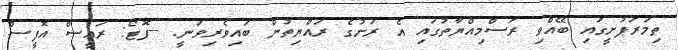
ތިމަރަފުށީގައި ބޭއްވި ރަސްމިއްޔާތުގައި އެ ރަށުގެ ރައްޔިތުން ބައިވެރިވަނީ. --ފޮޓޯ: ރައީސް އޮފީސް